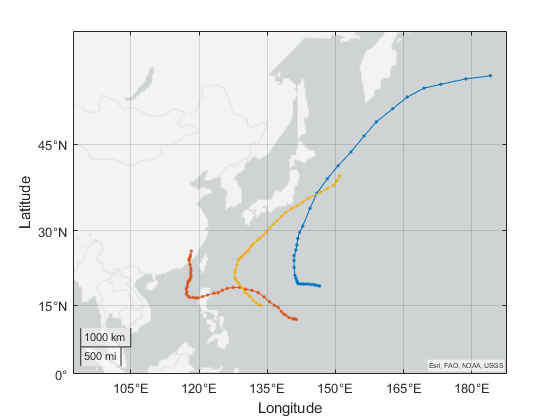
matlab, geoplot, geolimits